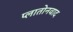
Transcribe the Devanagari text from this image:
प्लातोनवाद